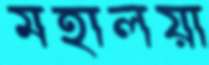
মহালয়া